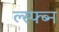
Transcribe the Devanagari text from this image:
ल्स्फ्ब्न